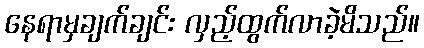
နေရာမှချက်ချင်း လှည့်ထွက်လာခဲ့မိသည်။